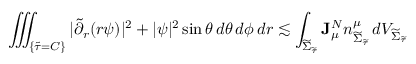
\iiint _ { \{ { \widetilde { \tau } } = C \} } | \widetilde { \partial } _ { r } ( r \psi ) | ^ { 2 } + | \psi | ^ { 2 } \sin \theta \, d \theta \, d \phi \, d r \lesssim \int _ { { \widetilde { \Sigma } _ { \widetilde { \tau } } } } \mathbf { J } _ { \mu } ^ { N } n _ { { \widetilde { \Sigma } _ { \widetilde { \tau } } } } ^ { \mu } \, d V _ { { \widetilde { \Sigma } _ { \widetilde { \tau } } } }